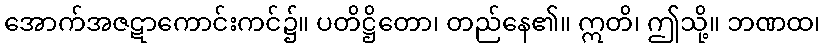
အောက်အဇဋာကောင်းကင်၌။ ပတိဋ္ဌိတော၊ တည်နေ၏။ ဣတိ၊ ဤသို့။ ဘဏထ၊